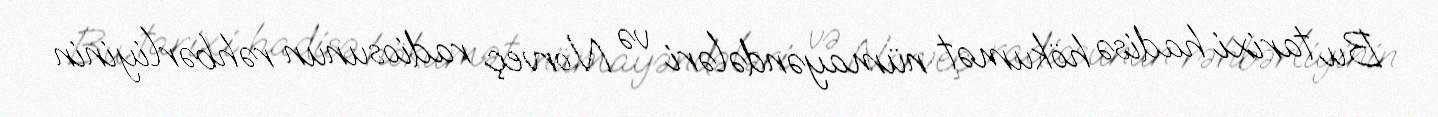
Bu tarixi hadisə hökumət nümayəndələri və Norveç radiosunun rəhbərliyinin